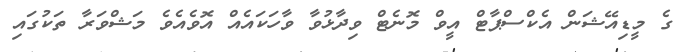
ގެ މީޑިއޭޝަން އެކްސްޕާޓް އީވް މޮނެޓް ވިދާޅުވާ ވާހަކައެއް އޮވެއެވެ މަޝްވަރާ ތަކުގައި